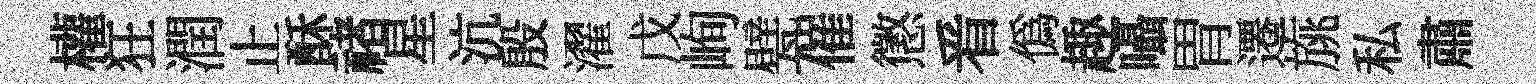
權狂潤止酥禇星沆殷濯戊峋甓催懲㸔偽趣囁胃遷旐私肅